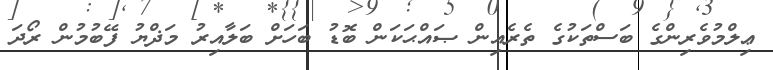
ޢިލްމުވެރިންގެ ބަސްތަކުގެ ތެރެއިން ޞައްޙަކަން ބޮޑު ބަހަށް ބަލާއިރު މަޛްޔު ފޭބުމުން ރޯދަ